Civil Veterinary Dept. Bombay admin report 1893-99 - 1893-1899
Year: 1893
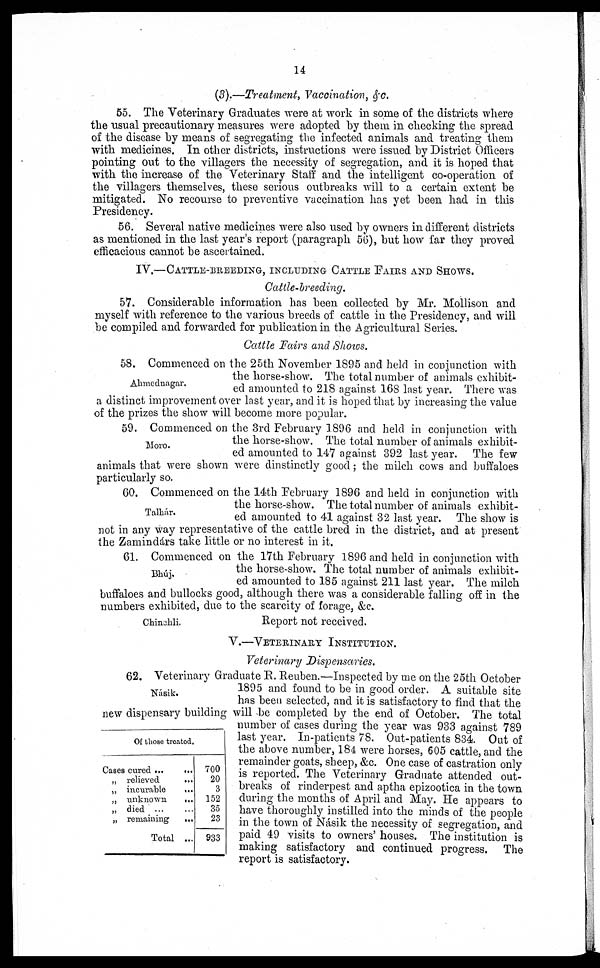
14
(3).—Treatment, Vacoination, &c.
55. The Veterinary Graduates were at work in some of the districts where
the usual precautionary measures were adopted by them in checking the spread
of the disease by means of segregating the infected animals and treating them
with medicines. In other districts, instructions were issued by District Officers
pointing out to the villagers the necessity of segregation, and it is hoped that
with the increase of the Veterinary Staff and the intelligent co-operation of
the villagers themselves, these serious outbreaks will to a certain extent be
mitigated. No recourse to preventive vaccination has yet been had in this
Presidency.
56. Several native medicines were also used by owners in different districts
as mentioned in the last year's report (paragraph 56), but how far they proved
efficacious cannot be ascertained.
IV.-CATTLE-BREEDING, INCLUDING CATTLE FAIRS AND SHOWS.
Cattle-breeding.
57. Considerable information has been collected by Mr. Mollison and
myself with reference to the various breeds of cattle in the Presidency, and will
be compiled and forwarded for publication in the Agricultural Series.
Cattle Fairs and Shows.
Ahmednagar.
58. Commenced on the 25th November 1895 and held in conjunction with
the horse-show. The total number of animals exhibit-
ed amounted to 218 against 168 last year. There was
a distinct improvement over last year, and it is hoped that by increasing the value
of the prizes the show will become more popular.
Moro.
59. Commenced on the 3rd February 1896 and held in conjunction with
the horse-show. The total number of animals exhibit-
ed amounted to 147 against 392 last year. The few
animals that were shown were dinstinctly good ; the milch cows and buffaloes
particularly so.
Talhar.
60. Commenced on the 14th February 1896 and held in conjunction with
the horse-show. The total number of animals exhibit-
ed amounted to 41 against 32 last year. The show is
not in any way representative of the cattle bred in the district, and at present
the Zamindárs take little or no interest in it.
Bhúj.
61. Commenced on the 17th February 1896 and held in conjunction with
the horse-show. The total number of animals exhibit-
ed amounted to 185 against 211 last year. The milch
buffaloes and bullocks good, although there was a considerable falling off in the
numbers exhibited, due to the scarcity of forage, &c.
Chinchli.
Report not received.
V.—VETERINARY INSTITUTION.
Veterinary Dispensaries.
Násik.
62. Veterinary Graduate R. Reuben.—Inspected by me on the 25th October
1895 and found to be in good order. A suitable site
has been selected, and it is satisfactory to find that the
new dispensary building will be completed by the end of October. The total
number of cases during the year was 933 against 789
last year. In-patients 78. Out-patients 834. Out of
the above number, 184 were horses, 605 cattle, and the
remainder goats, sheep, &c. One case of castration only
is reported. The Veterinary Graduate attended out-
breaks of rinderpest and aptha epizootica in the town
during the months of April and May. He appears to
have thoroughly instilled into the minds of the people
in the town of Násik the necessity of segregation, and
paid 49 visits to owners' houses. The institution is
making satisfactory and continued progress. The
report is satisfactory.
Of those treated.
Cases cured ...
„ relieved
„ incurable
„ unknown.
„ died ...
„ remaining
Total
…
…
…
…
…
…
...
700
20
3
152
35
23
933